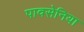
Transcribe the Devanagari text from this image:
पावसेनिया